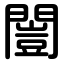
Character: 闓